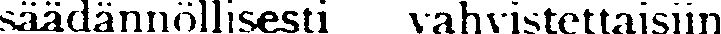
säädännöllisesti vahvistettaisiin